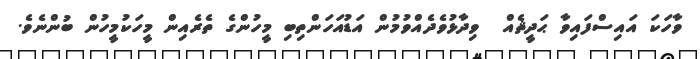
ވާހަކަ އައިސްފައިވާ ޙަދީޘެއް  ވިދާޅުވެދެއްވުމުން އަޑުއަހަންތިބި މީހުންގެ ތެރެއިން މީހަކުމީހުން ބުންނެވެ.